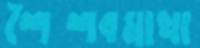
শৈশবমাখা